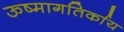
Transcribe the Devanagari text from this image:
ऊष्मागतिर्काय